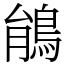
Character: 䳌